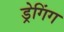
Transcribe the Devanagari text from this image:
ड्रेगिंग